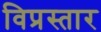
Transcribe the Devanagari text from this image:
विप्रस्तार